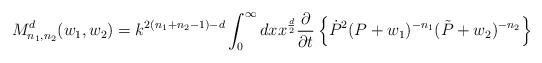
LaTeX: \begin{align*} M_{n_1,n_2}^d(w_1,w_2) =k^{2(n_1+n_2-1)-d}\int_0^{\infty}dxx^{d\over{2}}\frac{\partial}{\partial{t}}\left\{\dot{P}^{2}(P+w_1)^{-n_1}(\tilde{P}+w_2)^{-n_2}\right\}\end{align*}